Annual report of the Punjab Veterinary College and of the Civil Veterinary Department, Punjab - 1909-1919
Year: 1909
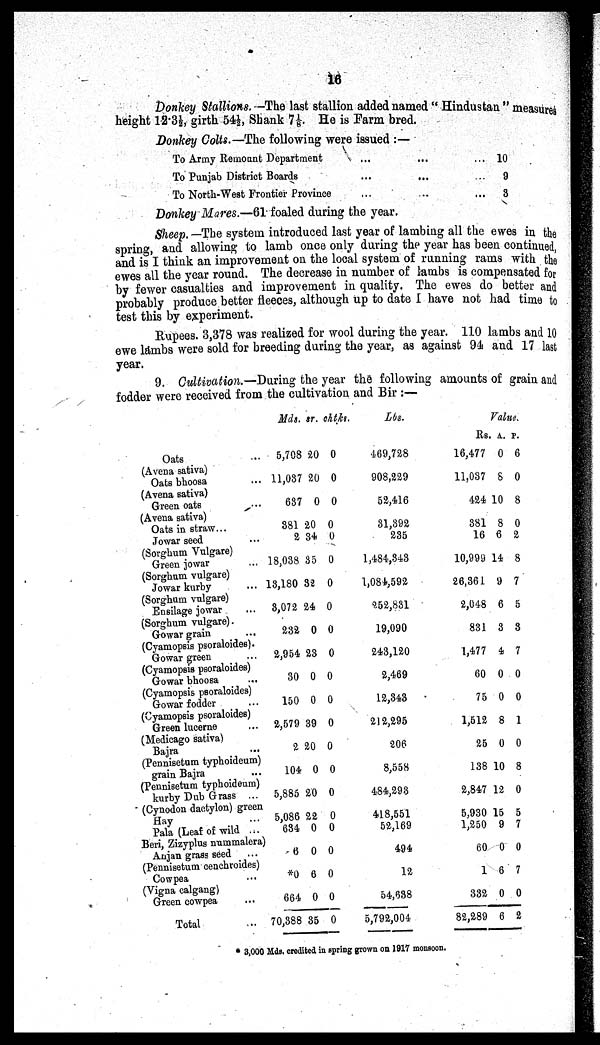
16
Donkey Stallions. -The last stallion added named "Hindustan" measures
height 12.3½, girth 54½, Shank 7⅛. He is Farm bred.
Donkey Colts.—The following were issued :—
To Army Remount Department
To Punjab District Boards
To North-West Frontier Province
...
...
...
...
...
..
... 10
...
9
...
3
Donkey Mares.—61 foaled during the year.
Sheep. —The system introduced last year of lambing all the ewes in the
spring, and allowing to lamb once only during the year has been continued,
and is I think an improvement on the local system of running rams with the
ewes all the year round. The decrease in number of lambs is compensated for
by fewer casualties and improvement in quality. The ewes do better and
probably produce better fleeces, although up to date 1 have not had time to
test this by experiment.
Rupees. 3,378 was realized for wool during the year. 110 lambs and 10
ewe lambs were sold for breeding during the year, as against 94 and 17 last
year.
9. Cultivation.—During the year the following amounts of grain and
fodder were received from the cultivation and Bir :—
Oats ...
(Avena sativa)
Oats bhoosa ...
(Avena sativa)
Green oats ...
(Avena sativa)
Oats in straw...
Jowar seed ...
(Sorghum Vulgare)
Green jowar ...
(Sorghum vulgare)
Jowar kurby ...
(Sorghum vulgare)
Ensilage jowar ...
(Sorghum vulgare).
Gowar grain
...
(Cyamopsis psoraloides).
Gowar green ...
(Cyamopsis psoraloides)
Gowar bhoosa ...
(Cyamopsis psoraloides)
Gowar fodder ...
(Cyamopsis psoraloides)
Green lucerne ...
(Medicago sativa)
Bajra ...
(Pennisetum typhoideum)
grain Bajra
...
(Pennisetum typhoideum)
kurby Dub Grass ...
(Cynodon dactylon) green
Hay ...
Pala (Leaf of wild ...
Beri, Zizyplus nummalera)
Anjan grass seed ...
(Pennisetum cenchroides)
Cowpea ...
(Vigna calgang)
Green cowpea ...
Total ...
Mds.
5,708
11,037
637
381
2
18,038
13,180
3,072
232
2,954
30
150
2,579
2
104
5,885
5,086
634
6
*0
664
70,388 3
sr.
20
20
0
20
34
35
32
24
0
23
0
0
39
20
0
20
22
0
0
6
0
5
chtks.
0
0
0
0
0
0
0
0
0
0
0
0
0
0
0
0
0
0
0
0
0
0
Lbs.
469,728
908,229
52,416
31,392
235
1,484,343
1,084,592
252,831
19,090
243,120
2,469
12,343
212,295
206
8,558
484,293
418,551
52,169
494
12
54,638
5,792,004
Value.
Rs.
16,477
11,037
424
381
16
10,999
26,361
2,048
831
1,477
60
75
1,512
25
138
2,847
5,930
1,250
60
1
332
82,289
a.
0
8
10
8
6
14
9
6
3
4
0
0
8
0
10
12
15
9
0
6
0
6
p.
6
0
8
0
2
8
7
5
8
7
0
0
1
0
8
0
5
7
0
7
0
2
* 3,000 Mds. credited in spring grown on 1917 monsoon.